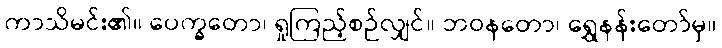
ကာသိမင်း၏။ ပေက္ခတော၊ ရှုကြည့်စဉ်လျှင်။ ဘဝနတော၊ ရွှေနန်းတော်မှ။